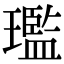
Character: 璼